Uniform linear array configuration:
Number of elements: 8
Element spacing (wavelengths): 0.75
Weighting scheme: blackman
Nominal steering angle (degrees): -30
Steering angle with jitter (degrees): -30.355
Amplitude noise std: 0.05
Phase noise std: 0.05

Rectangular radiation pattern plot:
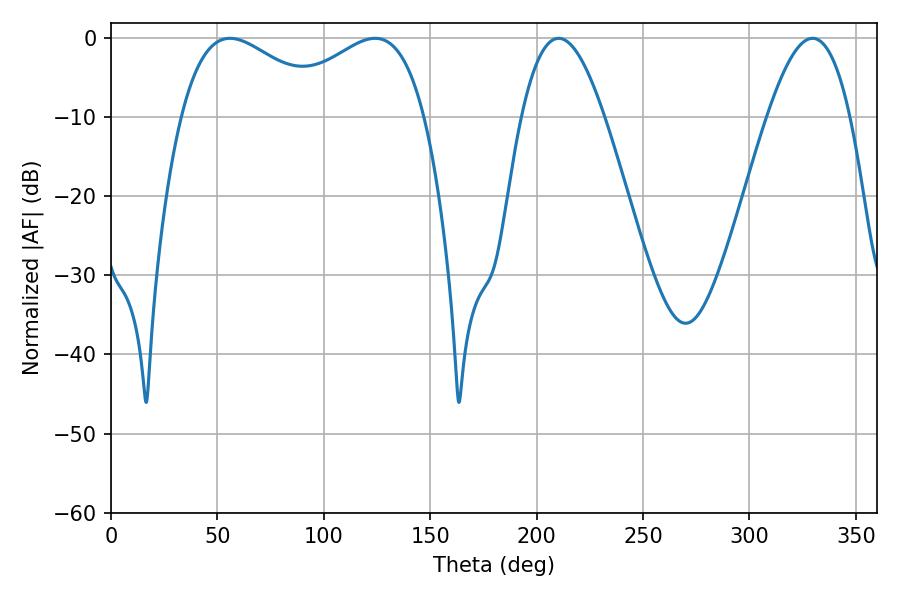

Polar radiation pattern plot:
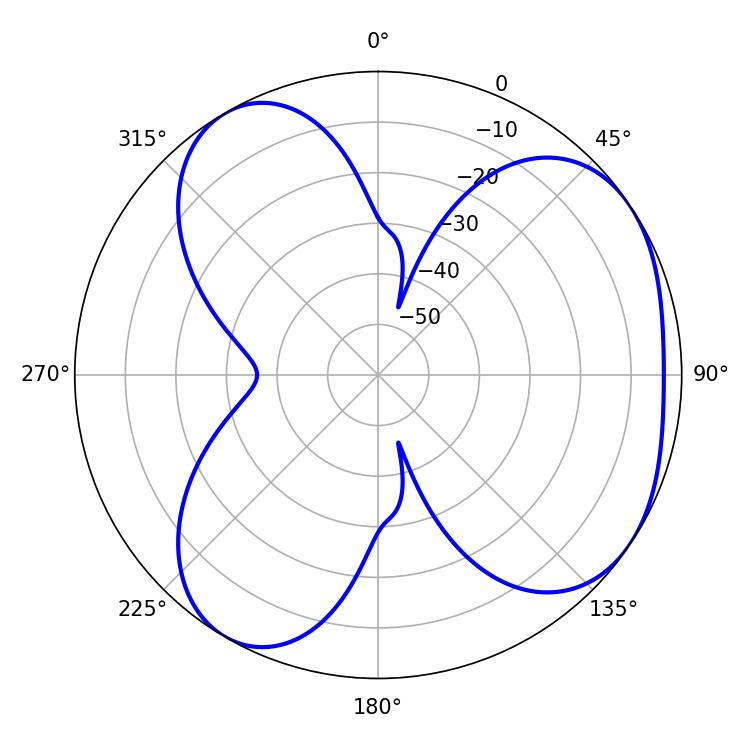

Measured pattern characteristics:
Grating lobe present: TRUE
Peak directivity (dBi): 4.571
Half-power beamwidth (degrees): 38.52
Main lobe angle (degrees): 55.98